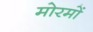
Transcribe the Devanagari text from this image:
मोरमों